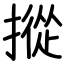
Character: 摐